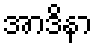
အာဒိနာ